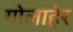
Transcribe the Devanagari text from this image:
गोलाहेर